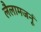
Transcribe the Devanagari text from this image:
लैलामजनूं